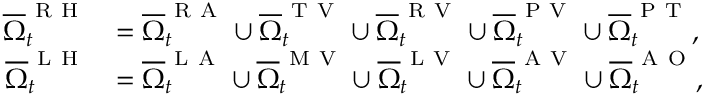
\begin{array} { r l } { { \overline { { \Omega } } _ { t } ^ { \mathrm { ~ R ~ H ~ } } } } & { { } { = \overline { { \Omega } } _ { t } ^ { \mathrm { ~ R ~ A ~ } } \cup \overline { { \Omega } } _ { t } ^ { \mathrm { ~ T ~ V ~ } } \cup \overline { { \Omega } } _ { t } ^ { \mathrm { ~ R ~ V ~ } } \cup \overline { { \Omega } } _ { t } ^ { \mathrm { ~ P ~ V ~ } } \cup \overline { { \Omega } } _ { t } ^ { \mathrm { ~ P ~ T ~ } } , } } \\ { { \overline { { \Omega } } _ { t } ^ { \mathrm { ~ L ~ H ~ } } } } & { { } { = \overline { { \Omega } } _ { t } ^ { \mathrm { ~ L ~ A ~ } } \cup \overline { { \Omega } } _ { t } ^ { \mathrm { ~ M ~ V ~ } } \cup \overline { { \Omega } } _ { t } ^ { \mathrm { ~ L ~ V ~ } } \cup \overline { { \Omega } } _ { t } ^ { \mathrm { ~ A ~ V ~ } } \cup \overline { { \Omega } } _ { t } ^ { \mathrm { ~ A ~ O ~ } } } , } \end{array}